Cultivation of the bacillus of leprosy and the treatment of cases by means of a vaccine prepared from the cultivations - Number 42
Disease focus: Leprosy
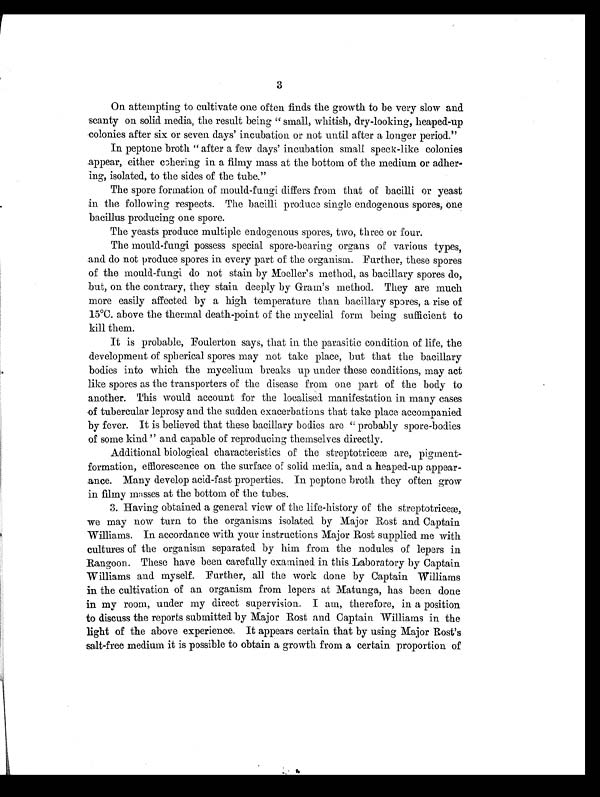
3
On attempting to cultivate one often finds the growth to be very slow and
scanty on solid media, the result being "small, whitish, dry-looking, heaped-up
colonies after six or seven days' incubation or not until after a longer period."
In peptone broth "after a few days' incubation small speck-like colonies
appear, either cohering in a filmy mass at the bottom of the medium or adher-
ing, isolated, to the sides of the tube."
The spore formation of mould-fungi differs from that of bacilli or yeast
in the following respects. The bacilli produce single endogenous spores, One
bacillus producing one spore.
The yeasts produce multiple endogenous spores, two, three or four.
The mould-fungi possess special spore-bearing organs of various types,
and do not produce spores in every part of the organism. Further, these spores
of the mould-fungi do not stain by Moeller's method, as bacillary spores do,
but, on the contrary, they stain deeply by Gram's method. They are much
more easily affected by a high temperature than bacillary spores, a rise of
15°C. above the thermal death-point of the mycelial form being sufficient to
kill them.
It is probable, Foulerton says, that in the parasitic condition of life, the
development of spherical spores may not take place, but that the bacillary
bodies into which the mycelium breaks up under these conditions, may act
like spores as the transporters of the disease from one part of the body to
another. This would account for the localised manifestation in many cases
of tubercular leprosy and the sudden exacerbations that take place accompanied
by fever. It is believed that these bacillary bodies are "probably spore-bodies
of some kind" and capable of reproducing themselves directly.
Additional biological characteristics of the streptotriceæ are, pigment-
formation, efflorescence on the surface of solid media, and a heaped-up appear-
ance. Many develop acid-fast properties. In peptone broth they often grow
in filmy masses at the bottom of the tubes.
3. Having obtained a general view of the life-history of the streptotriceæ,
we may now turn to the organisms isolated. by Major Rost and Captain
Williams. In accordance with your instructions Major Rost supplied me with
cultures of the organism separated by him from the nodules of lepers in
Rangoon. These have been carefully examined in this Laboratory by Captain
Williams and myself. Further, all the work done by Captain Williams
in the cultivation of an organism from lepers at Matunga, has been done
in my room, under my direct supervision. I am, therefore, in a position
to discuss the reports submitted by Major Rost and Captain Williams in the
light of the above experience. It appears certain that by using Major Rost's
salt-free medium it is possible to obtain a growth from a certain proportion of